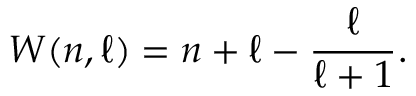
W ( n , \ell ) = n + \ell - { \frac { \ell } { \ell + 1 } } .